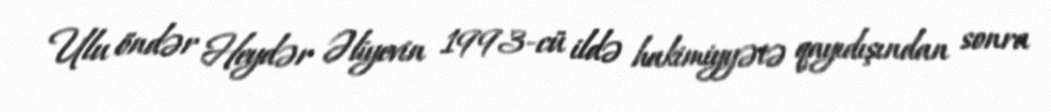
Ulu öndər Heydər Əliyevin 1993-cü ildə hakimiyyətə qayıdışından sonra